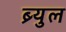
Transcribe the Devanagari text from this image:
ब्र्युल